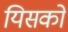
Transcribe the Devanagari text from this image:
यिसको